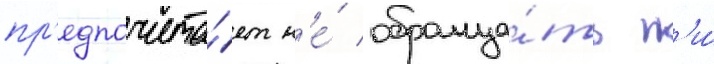
пр'едпочита́ет н'е́ обраща́ть н'и́